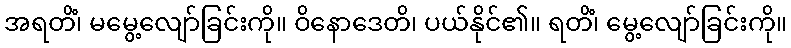
အရတိံ၊ မမွေ့လျော်ခြင်းကို။ ဝိနောဒေတိ၊ ပယ်နိုင်၏။ ရတိံ၊ မွေ့လျော်ခြင်းကို။